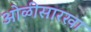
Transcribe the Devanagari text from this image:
ओळीसारखा